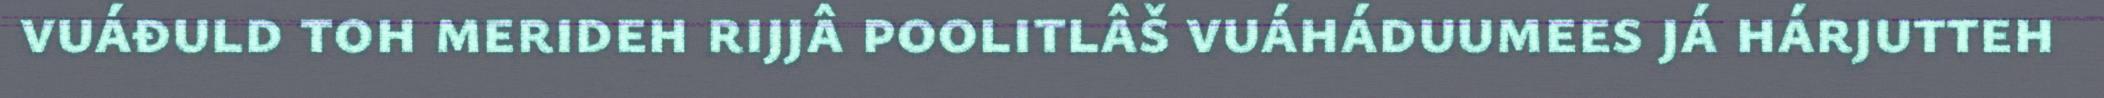
vuáđuld toh merideh rijjâ poolitlâš vuáháduumees já hárjutteh